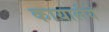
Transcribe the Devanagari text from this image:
कायार्लये